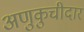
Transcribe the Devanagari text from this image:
अणुकुचीदार